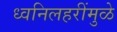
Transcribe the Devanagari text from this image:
ध्वनिलहरींमुळे